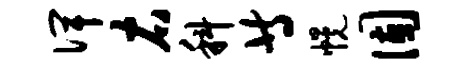
俾右科等幌固